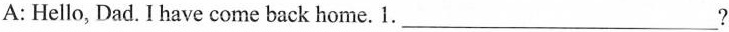
A: Hello, Dad. I have come back home. 1. ___?